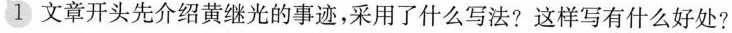
1.文章开头先介绍黄继光的事迹，采用了什么写法?这样写有什么好处?